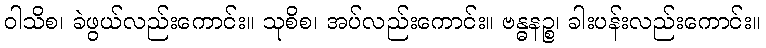
ဝါသိစ၊ ခဲဖွယ်လည်းကောင်း။ သုစိစ၊ အပ်လည်းကောင်း။ ဗန္ဓနဉ္စ၊ ခါးပန်းလည်းကောင်း။